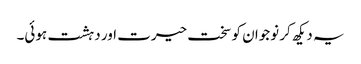
یہ دیکھ کر نوجوان کو سخت حیرت اور دہشت ہوئی۔